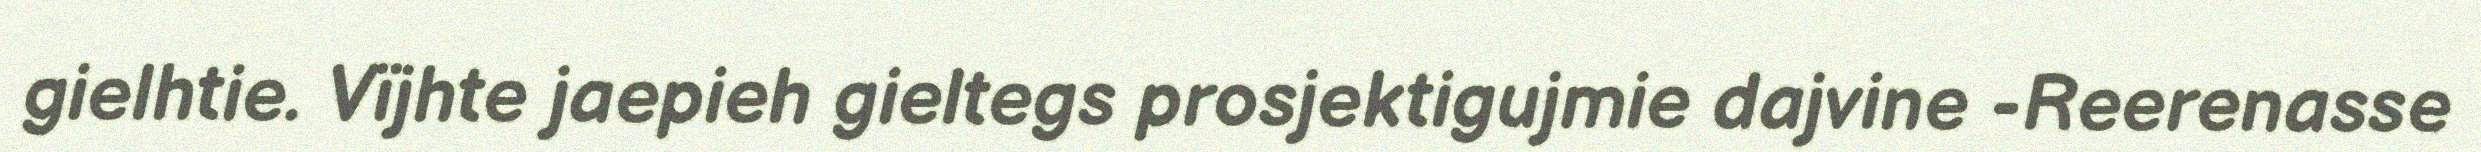
gielhtie. Vïjhte jaepieh gieltegs prosjektigujmie dajvine -Reerenasse